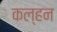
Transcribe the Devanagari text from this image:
कल्हन